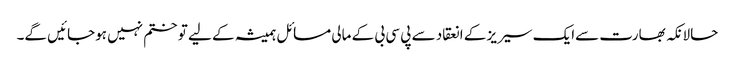
حالانکہ بھارت سےایک سیریز کے انعقاد سے پی سی بی کے مالی مسائل ہمیشہ کے لیے تو ختم نہیں ہوجائیں گے۔